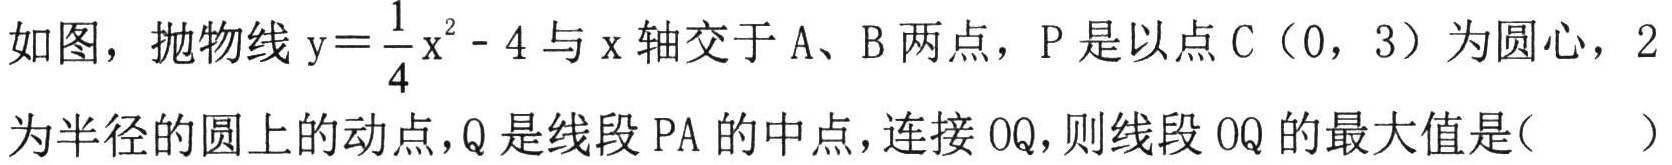
如图，抛物线\(y = \frac{1}{4}x^{2}-4\)与\(x\)轴交于\(A\)、\(B\)两点，\(P\)是以点\(C(0,3)\)为圆心，\(2\)为半径的圆上的动点，\(Q\)是线段\(PA\)的中点，连接\(OQ\)，则线段\(OQ\)的最大值是(  )